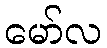
မော်လ